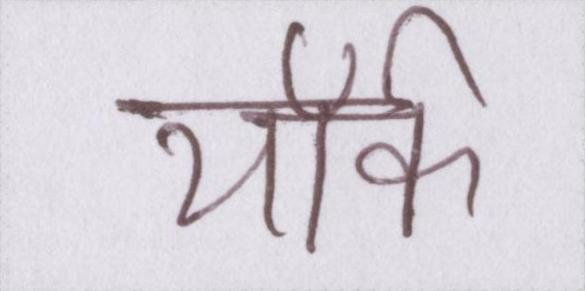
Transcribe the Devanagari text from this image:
यॉर्क